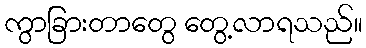
ကွာခြားတာတွေ တွေ့လာရသည်။